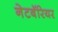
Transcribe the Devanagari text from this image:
नेटबॅरियर